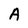
Character: A